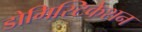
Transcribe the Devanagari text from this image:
डोमिस्टिकेशन